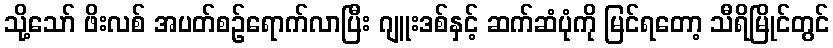
သို့သော် ဖိးလစ် အပတ်စဉ်ရောက်လာပြီး ဂျူးဒစ်နှင့် ဆက်ဆံပုံကို မြင်ရတော့ သီရိမြိုင်တွင်